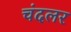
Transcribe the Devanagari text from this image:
चंदलर